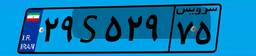
۴۲S۲۵۱۲۱